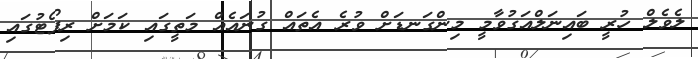
ލެވެލް ހުރީ ބައިނަލްއަގުވާމީ މިންގަނޑަށް ވުރެ އެތައް ގުނައެއް މަތީގައި ކަމަށް ރިޕޯޓުގައި